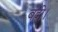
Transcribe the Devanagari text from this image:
बंदी।